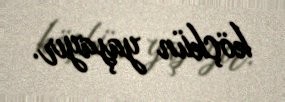
köçkün yaşayır.